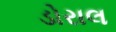
ડોરાલ